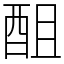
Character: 䣯